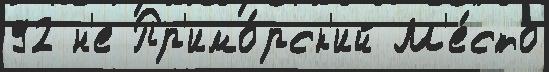
92 н'е Пр'имо́рск'ий М'е́сто